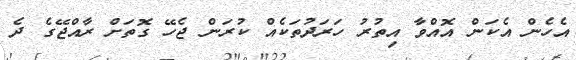
އެހެން އެކަން އޮއްވާ އިތުރު ހަރަދުތަކެއް ކުރަން ޖެހޭ ގޮތަށް ރާއްޖޭގެ ދެ